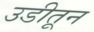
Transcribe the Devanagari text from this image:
उडीतून